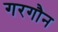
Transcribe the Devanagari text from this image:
गरगौन